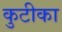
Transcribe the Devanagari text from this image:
कुटीका